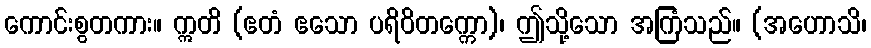
ကောင်းစွတကား။ ဣတိ (ဧတံ ဧသော ပရိဝိတက္ကော)၊ ဤသို့သော အကြံသည်။ (အဟောသိ၊